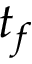
t _ { f }